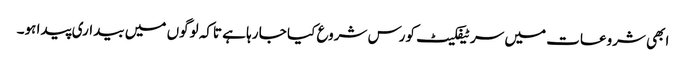
ابھی شروعات میں سرٹیفکیٹ کورس شروع کیا جا رہا ہے تاکہ لوگوں میں بیداری پیدا ہو۔